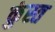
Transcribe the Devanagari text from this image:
कुंस्त